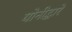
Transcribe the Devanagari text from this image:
योनीद्वारे